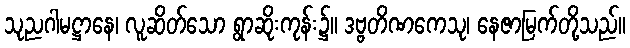
သုညဂါမဋ္ဌာနေ၊ လူဆိတ်သော ရွာဆိုးကုန်း၌။ ဒဗ္ဗတိဏကေသု၊ နေဇာမြက်တို့သည်။